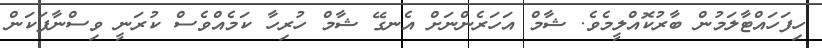
ހިފަހައްޓާލަމުން ބާރުކޮއްލީމެވެ. ޝާމް އަހަރެންނަށް އެނގޭ ޝާމް ހުރިހާ ކަމެއްވެސް ކުރަނީ ވިސްނާފަކަން